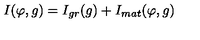
I ( \varphi , g ) = I _ { g r } ( g ) + I _ { m a t } ( \varphi , g )